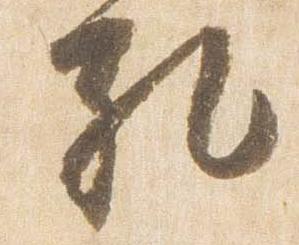
礼